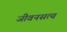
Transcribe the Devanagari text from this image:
जीवनसत्य